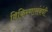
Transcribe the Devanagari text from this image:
विकिरणासंबंधी